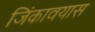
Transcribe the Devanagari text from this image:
जिंकावयास